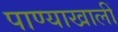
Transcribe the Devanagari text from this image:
पाण्याखालीं